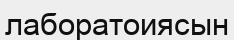
лаборатоиясын